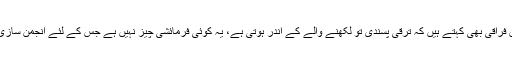
ڈاکٹر تحسین فراقی بھی کہتے ہیں کہ ترقی پسندی تو لکھنے والے کے اندر ہوتی ہے، یہ کوئی فرمائشی چیز نہیں ہے جس کے لئے انجمن سازی کی جائے۔